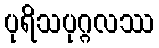
ပုရိသပုဂ္ဂလဿ